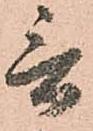
言